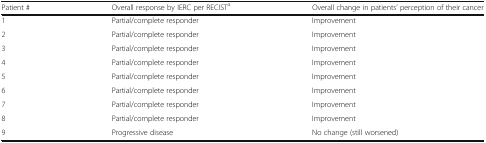
| Patient # | Overall response by IERC per RECISTa | Overall change in patients’ perception of their cancer |
 | --- | --- | --- |
 | 1 | Partial/complete responder | Improvement |
 | 2 | Partial/complete responder | Improvement |
 | 3 | Partial/complete responder | Improvement |
 | 4 | Partial/complete responder | Improvement |
 | 5 | Partial/complete responder | Improvement |
 | 6 | Partial/complete responder | Improvement |
 | 7 | Partial/complete responder | Improvement |
 | 8 | Partial/complete responder | Improvement |
 | 9 | Progressive disease | No change (still worsened) |